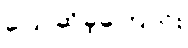
ပြောဆိုခဲ့ကြောင်း